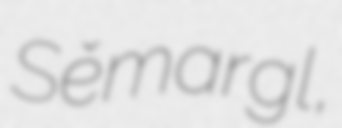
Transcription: Sěmargl,